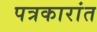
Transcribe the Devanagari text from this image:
पत्रकारांत